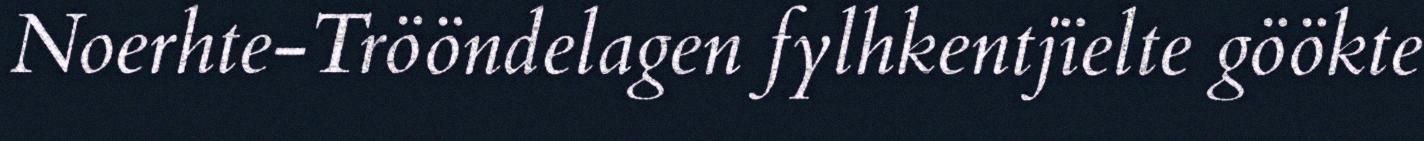
Noerhte-Trööndelagen fylhkentjïelte göökte